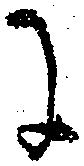
に